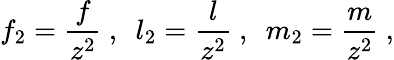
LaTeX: f_{2}=\frac{f}{z^{2}}\ ,\ \ l_{2}=\frac{l}{z^{2}}\ ,\ \ m_{2}=\frac{m}{z^{2}}\ ,